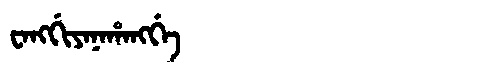
Manchu: ᠸᠠᠩᡤᡳᠶᠠᠨᠠᡥᠠᠩᡤᡝ
Romanization: WANGGIYANAHANGGE